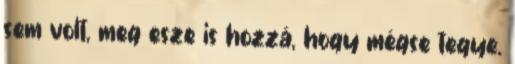
sem volt, meg esze is hozzá, hogy mégse tegye.